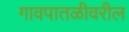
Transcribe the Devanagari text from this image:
गावपातळीवरील